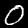
Label: 0